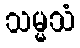
သမ္မသံ